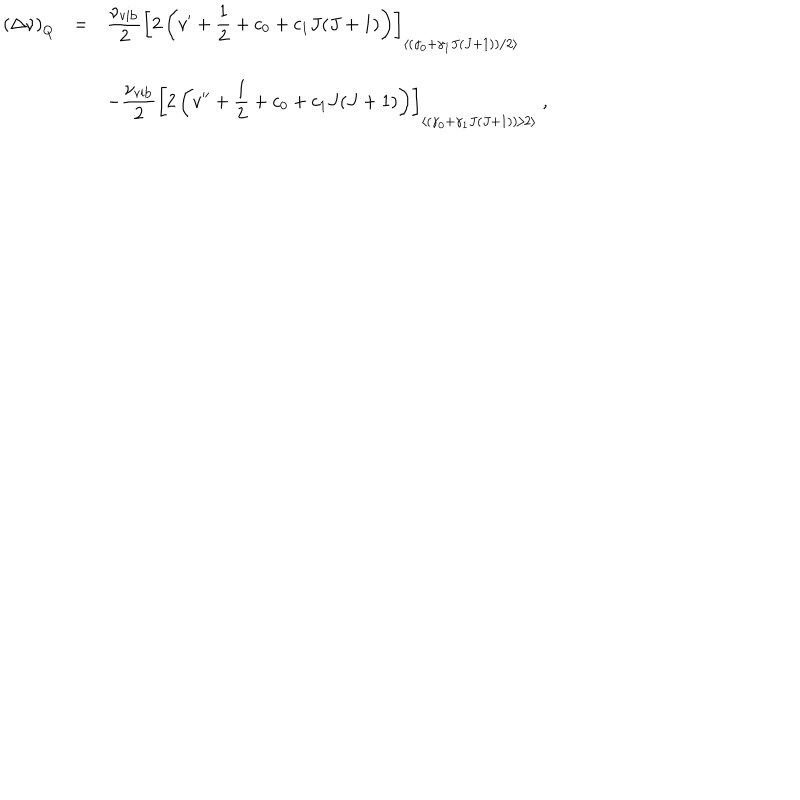
\begin{array} { r c l } { { \left( \Delta \nu \right) _ { Q } } } & { { = } } & { { \displaystyle \frac { \nu _ { \mathrm { v i b } } } { 2 } \left[ 2 \left( v ^ { \prime } + { \frac { 1 } { 2 } } + c _ { 0 } + c _ { 1 } J ( J + 1 ) \right) \right] _ { \left< \left( \gamma _ { 0 } + \gamma _ { 1 } J ( J + 1 ) \right) / 2 \right> } } } \\ { { } } & { { } } & { { - \displaystyle \frac { \nu _ { \mathrm { v i b } } } { 2 } \left[ 2 \left( v ^ { \prime \prime } + { \frac { 1 } { 2 } } + c _ { 0 } + c _ { 1 } J ( J + 1 ) \right) \right] _ { \left< \left( \gamma _ { 0 } + \gamma _ { 1 } J ( J + 1 ) \right) / 2 \right> } ~ , } } \\ \end{array}